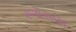
રજોસણા